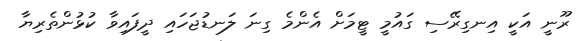
ރޫނީ އަކީ އިނގިރޭސި ގައުމީ ޓީމަށް އެންމެ ގިނަ ލަނޑުޖަހައި ދީފައިވާ ކުޅުންތެރިޔާ